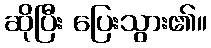
ဆိုပြီး ပြေးသွား၏။